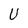
Character: U